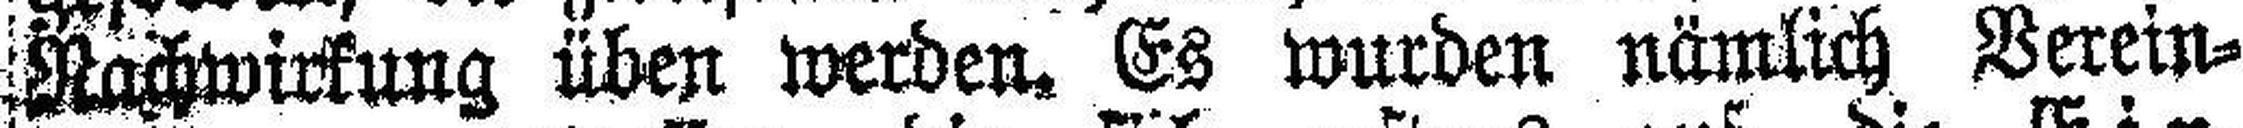
Nachwirkung üben werden. Es wurden nämlich Verein¬